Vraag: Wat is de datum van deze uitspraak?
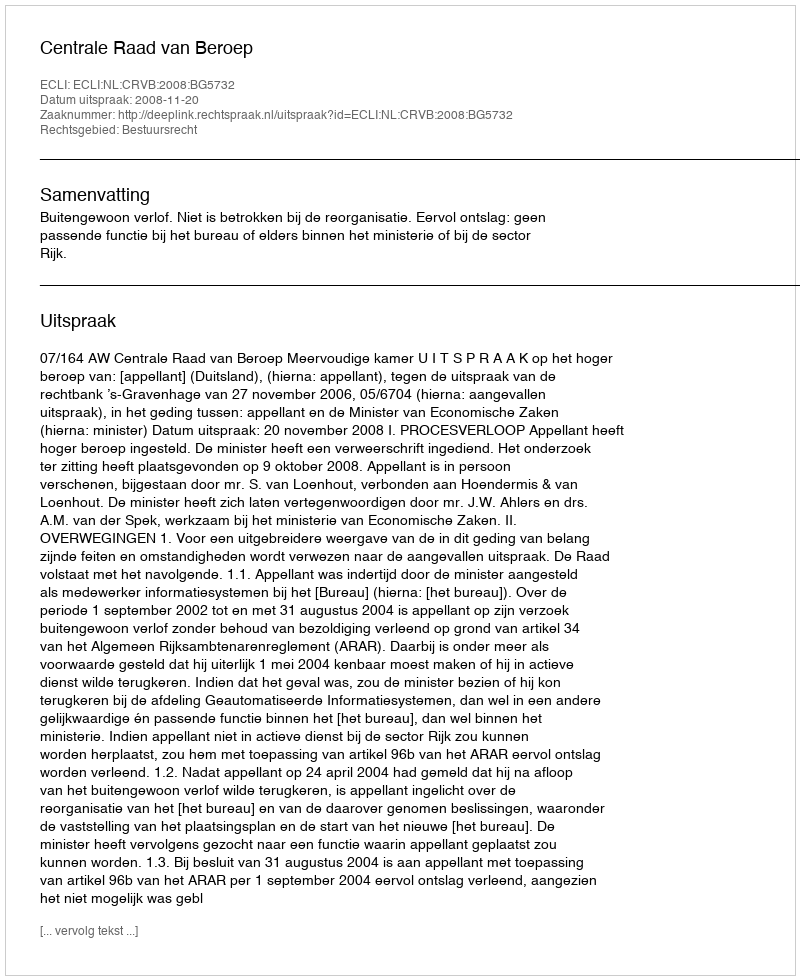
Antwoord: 2008-11-20